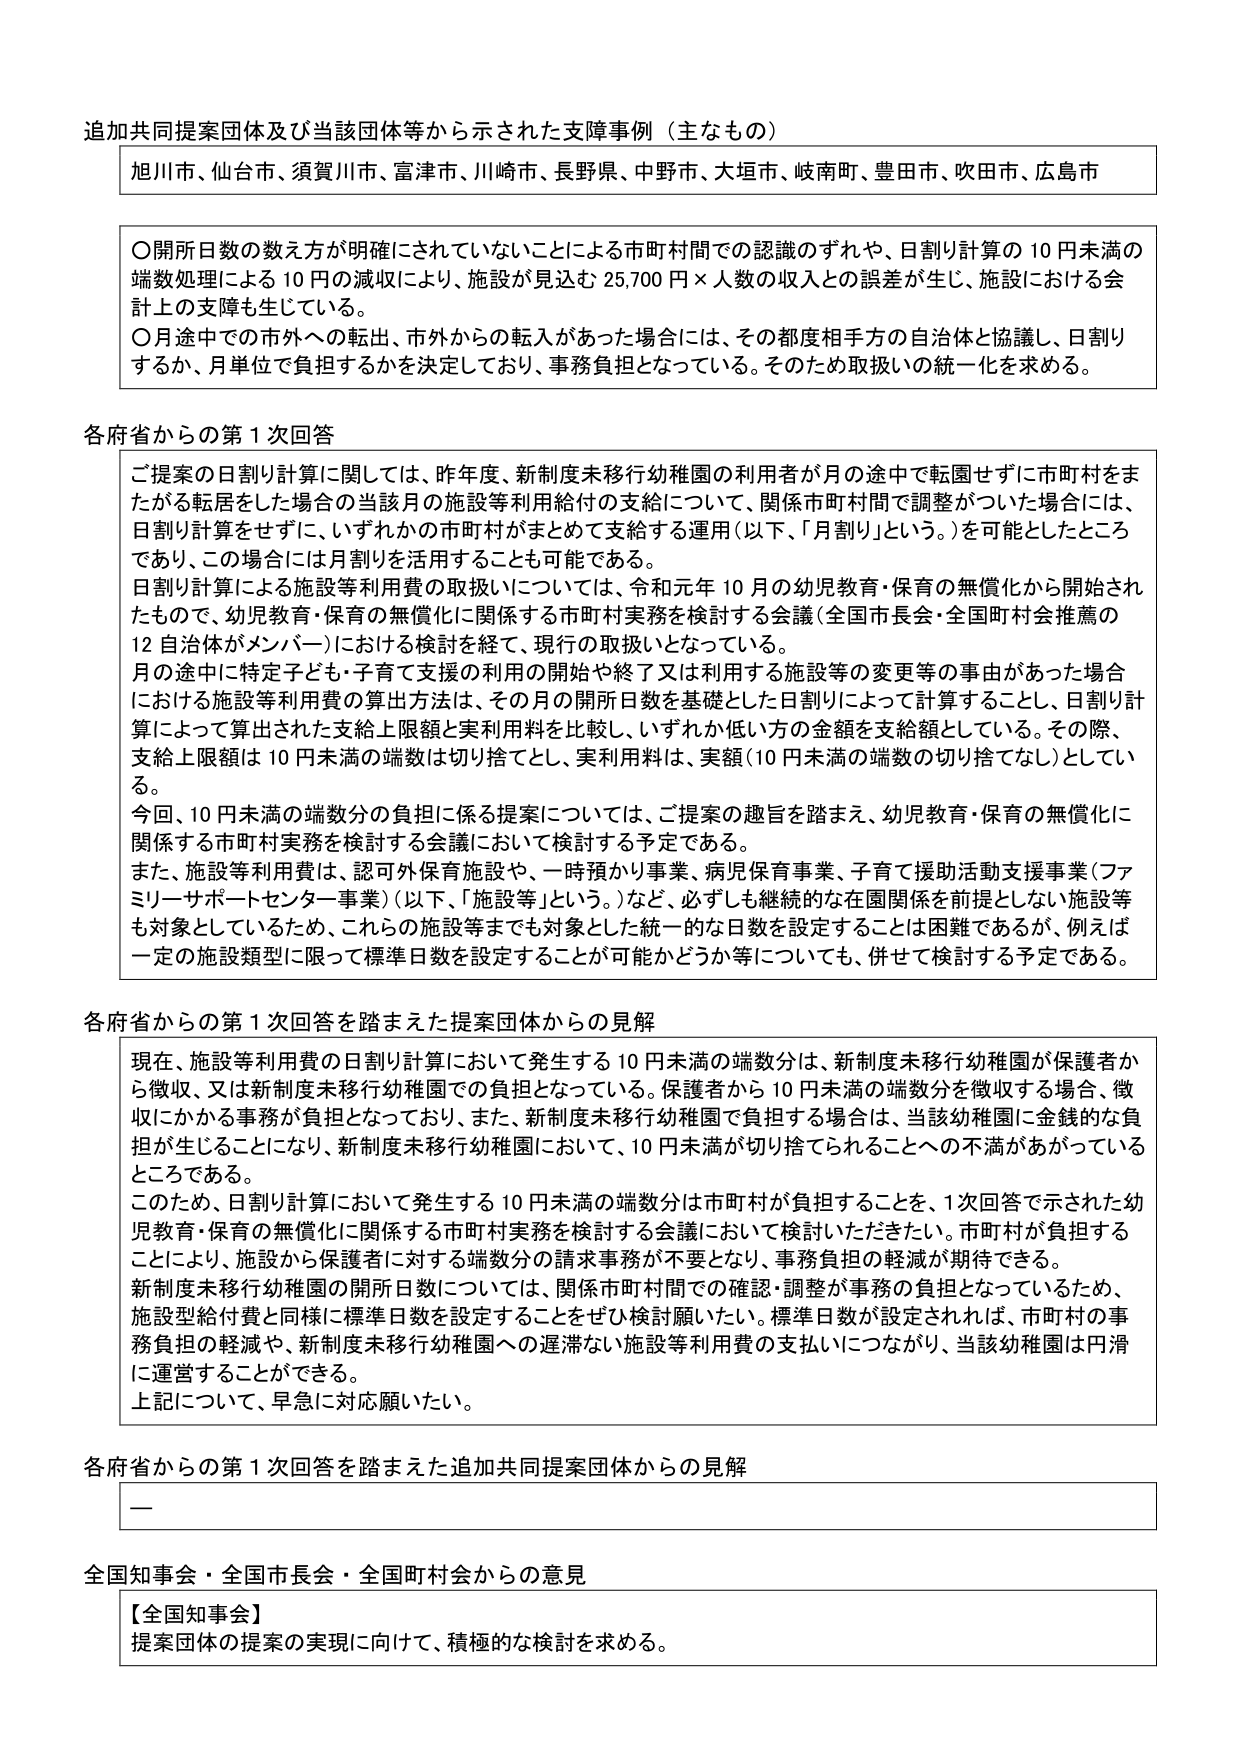
追加共同提案団体及び当該団体等から示された支障事例（主なもの）

旭川市、仙台市、須賀川市、富津市、川崎市、長野県、中野市、大垣市、岐南町、豊田市、吹田市、広島市

〇開所日数の数え方が明確にされていないことによる市町村間での認識のずれや、日割り計算の10円未満の端数処理による10円の減収により、施設が見込む25,700円×人数の収入との誤差が生じ、施設における会計上の支障も生じている。
〇月途中での市外への転出、市外からの転入があった場合には、その都度相手方の自治体と協議し、日割りするか、月単位で負担するかを決定しており、事務負担となっている。そのため取扱いの統一化を求める。

各府省からの第1次回答

ご提案の日割り計算に関しては、昨年度、新制度未移行幼稚園の利用者が月の途中で転園せずに市町村をまたがる転居をした場合の当該月の施設等利用給付の支給について、関係市町村間で調整がついた場合には、日割り計算をせずに、いずれかの市町村がまとめて支給する運用（以下、「月割り」という。）を可能としたところであり、この場合には月割りを活用することも可能である。
日割り計算による施設等利用費の取扱いについては、令和元年10月の幼児教育・保育の無償化から開始されたもので、幼児教育・保育の無償化に関係する市町村実務を検討する会議（全国市長会・全国町村会推薦の12自治体がメンバー）における検討を経て、現行の取扱いとなっている。
月の途中に特定子ども・子育て支援の利用の開始や終了又は利用する施設等の変更等の事由があった場合における施設等利用費の算出方法は、その月の開所日数を基礎とした日割りによって計算することと、日割り計算によって算出された支給上限額と実利用料を比較し、いずれか低い方の金額を支給額としている。その際、支給上限額は10円未満の端数は切り捨てとし、実利用料は、実額（10円未満の端数の切り捨てなし）としている。
今回、10円未満の端数分の負担に係る提案については、ご提案の趣旨を踏まえ、幼児教育・保育の無償化に関係する市町村実務を検討する会議において検討する予定である。
また、施設等利用費は、認可外保育施設や、一時預かり事業、病児保育事業、子育て援助活動支援事業（ファミリーサポートセンター事業）（以下、「施設等」という。）など、必ずしも継続的な在園関係を前提としない施設等も対象としているため、これらの施設等までも対象とした統一的な日数を設定することは困難であるが、例えば一定の施設類型に限って標準日数を設定することが可能かどうか等についても、併せて検討する予定である。

各府省からの第1次回答を踏まえた提案団体からの見解

現在、施設等利用費の日割り計算において発生する10円未満の端数分は、新制度未移行幼稚園が保護者から徴収、又は新制度未移行幼稚園での負担となっている。保護者から10円未満の端数分を徴収する場合、徴収にかかる事務が負担となっており、また、新制度未移行幼稚園で負担する場合は、当該幼稚園に金銭的な負担が生じることになり、新制度未移行幼稚園において、10円未満が切り捨てられることへの不満があがっているところである。
このため、日割り計算において発生する10円未満の端数分は市町村が負担することを、1次回答で示された幼児教育・保育の無償化に関係する市町村実務を検討する会議において検討いただきたい。市町村が負担することにより、施設から保護者に対する端数分の請求事務が不要となり、事務負担の軽減が期待できる。
新制度未移行幼稚園の開所日数については、関係市町村間での確認・調整が事務の負担となっているため、施設型給付費と同様に標準日数を設定することをぜひ検討願いたい。標準日数が設定されれば、市町村の事務負担の軽減や、新制度未移行幼稚園への遅滞ない施設等利用費の支払いにつながり、当該幼稚園は円滑に運営することができる。
上記について、早急に対応願いたい。

各府省からの第1次回答を踏まえた追加共同提案団体からの見解

—

全国知事会・全国市長会・全国町村会からの意見

【全国知事会】
提案団体の提案の実現に向けて、積極的な検討を求める。